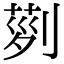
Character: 𠞝